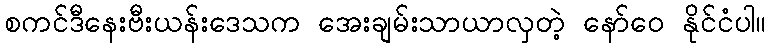
စကင်ဒီနေးဗီးယန်းဒေသက အေးချမ်းသာယာလှတဲ့ နော်ဝေ နိုင်ငံပါ။